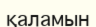
қаламын